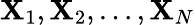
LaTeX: \mathbf{X}_{1},\mathbf{X}_{2},\ldots,\mathbf{X}_{N}